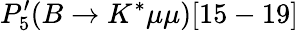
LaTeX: P_{5}^{\prime}(B\to K^{*}\mu\mu)[15-19]